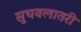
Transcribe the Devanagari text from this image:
सुचवलातरी